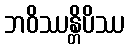
ဘဝိဿန္တိပိဿ